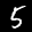
Label: 5